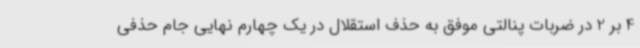
4 بر 2 در ضربات پنالتی موفق به حذف استقلال در یک چهارم نهایی جام حذفی